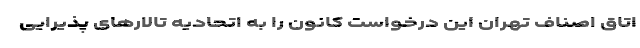
اتاق اصناف تهران این درخواست کانون را به اتحادیه تالارهای پذیرایی